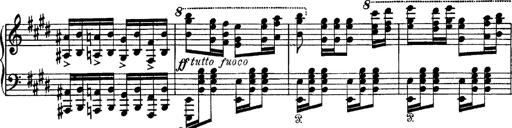
Title: Tarantelle di bravura dâ€™aprÃ¨s la tarantelle de La muette de Portici
Composer: Franz Liszt